Investigations on Bengal jail dietaries - Number 37
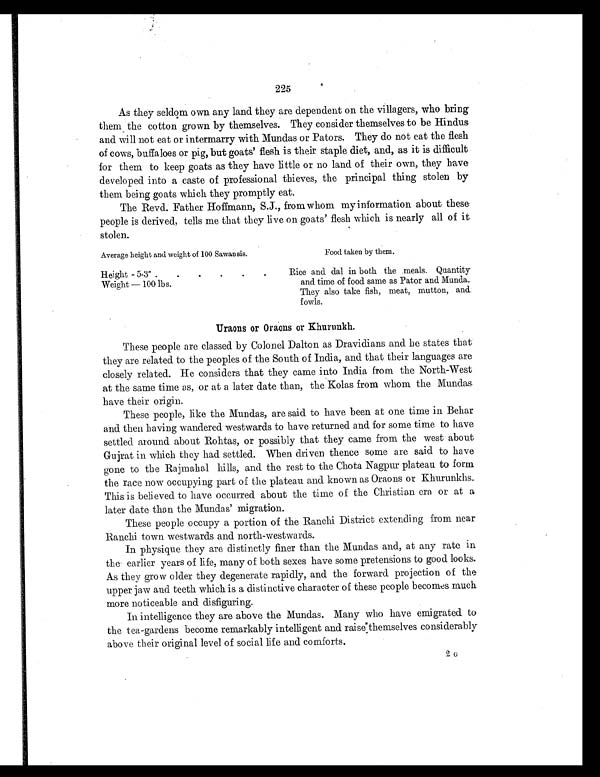
225
As they seldom own any land they are dependent on the villagers, who bring
them the cotton grown by themselves. They consider themselves to be Hindus
and will not eat or intermarry with Mundas or Pators. They do not eat the flesh
of cows, buffaloes or pig, but goats' flesh is their staple diet, and, as it is difficult
for them to keep goats as they have little or no land of their own, they have
developed into a caste of professional thieves, the principal thing stolen by
them being goats which they promptly eat.
The Revd. Father Hoffmann, S.J., from whom my information about these
people is derived, tells me that they live on goats' flesh which is nearly all of it
stolen.
Average height and weight of 100 Sawansis.
Food taken by them.
Height - 5-3″ .
.
.
.
.
.
Rice and dal in both the meals. Quantity
and time of food same as Pator and Munda.
They also take fish, meat, mutton, and
fowls.
Weight — 100 lbs.
Uraons or Oraons or Khurunkh.
These people are classed by Colonel Dalton as Dravidians and he states that
they are related to the peoples of the South of India, and that their languages are
closely related. He considers that they came into India from the North-West
at the same time as, or at a later date than, the Kolas from whom the Mundas
have their origin.
These people, like the Mundas, are said to have been at one time in Behar
and then having wandered westwards to have returned and for some time to have
settled around about Rohtas, or possibly that they came from the west about
Gujrat in which they had settled. When driven thence some are said to have
gone to the Rajmahal hills, and the rest to the Chota Nagpur plateau to form
the race now occupying part of the plateau and known as Oraons or Khurunkhs.
This is believed to have occurred about the time of the Christian era or at a
later date than the Mundas' migration.
These people occupy a portion of the Ranchi District extending from near
Ranchi town westwards and north-westwards.
In physique they are distinctly finer than the Mundas and, at any rate in
the earlier years of life, many of both sexes have some pretensions to good looks.
As they grow older they degenerate rapidly, and the forward projection of the
upper jaw and teeth which is a distinctive character of these people becomes much
more noticeable and disfiguring.
In intelligence they are above the Mundas. Many who have emigrated to
the tea-gardens become remarkably intelligent and raise themselves considerably
above their original level of social life and comforts.
2 G